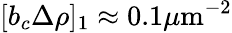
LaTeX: [b_{c}\Delta\rho]_{1}\approx 0.1\mu\textrm{m}^{-2}